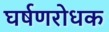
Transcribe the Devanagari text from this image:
घर्षणरोधक